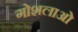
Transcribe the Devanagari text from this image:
गोशलाओं